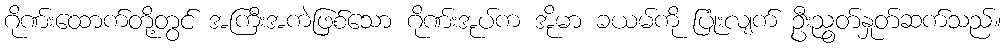
ဂိုဏ်းထောက်တို့တွင် အကြီးအကဲဖြစ်သော ဂိုဏ်းအုပ်က အိုမာ ခယမ်ကို ပြုံးလျက် ဦးညွတ်နှုတ်ဆက်သည်။